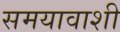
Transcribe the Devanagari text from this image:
समयावाशी